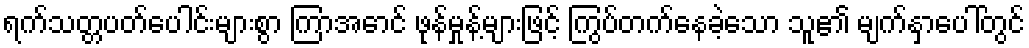
ရက်သတ္တပတ်ပေါင်းများစွာ ကြာအောင် ဖုန်မှုန့်များဖြင့် ကြွပ်တက်နေခဲ့သော သူ၏ မျက်နှာပေါ်တွင်